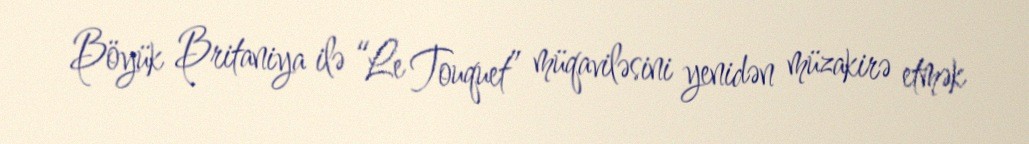
Böyük Britaniya ilə “Le Touquet” müqaviləsini yenidən müzakirə etmək